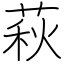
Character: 萩